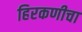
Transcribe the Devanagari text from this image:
हिरकणीचा